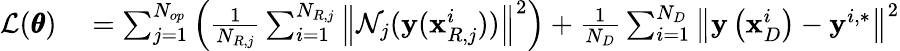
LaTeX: \begin{array}{rl}{\mathcal{L}(\pmb{\theta})}&{{}=\sum_{j=1}^{N_{op}}{\left(\frac{1}{N_{R,j}}\sum_{i=1}^{N_{R,j}}{\left\| \mathcal{N}_{j}(\mathbf{y}(\mathbf{x}_{R,j}^{i}))\right\| ^{2}}\right)}+\frac{1}{N_{D}}\sum_{i=1}^{N_{D}}{\left\| \mathbf{y}\left(\mathbf{x}_{D}^{i}\right)-\mathbf{y}^{i,*}\right\| ^{2}}}\end{array}